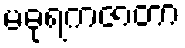
မဓုရကဇာတာ